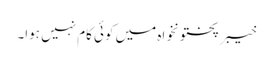
خیبر پختونخواہ میں کوئی کام نہیں ہوا۔